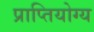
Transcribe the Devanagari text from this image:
प्राप्तियोग्य